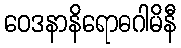
ဝေဒနာနိရောဓဂါမိနီ